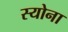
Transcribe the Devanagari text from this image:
स्योना